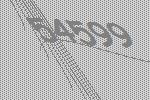
54599